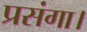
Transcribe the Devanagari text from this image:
प्रसंगा।